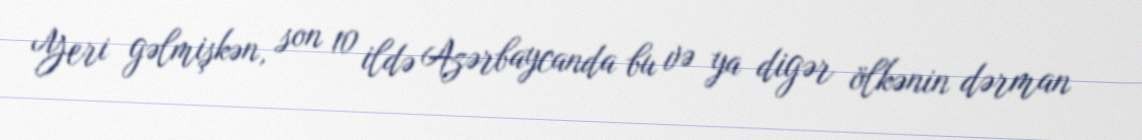
Yeri gəlmişkən, son 10 ildə Azərbaycanda bu və ya digər ölkənin dərman